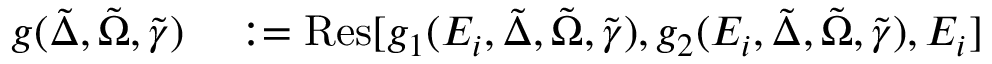
\begin{array} { r l } { g ( \tilde { \Delta } , \tilde { \Omega } , \tilde { \gamma } ) } & { { } : = \mathrm { R e s } [ g _ { 1 } ( E _ { i } , \tilde { \Delta } , \tilde { \Omega } , \tilde { \gamma } ) , g _ { 2 } ( E _ { i } , \tilde { \Delta } , \tilde { \Omega } , \tilde { \gamma } ) , E _ { i } ] } \end{array}